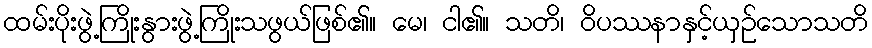
ထမ်းပိုးဖွဲ့ကြိုးနွားဖွဲ့ကြိုးသဖွယ်ဖြစ်၏။ မေ၊ ငါ၏။ သတိ၊ ဝိပဿနာနှင့်ယှဉ်သောသတိ